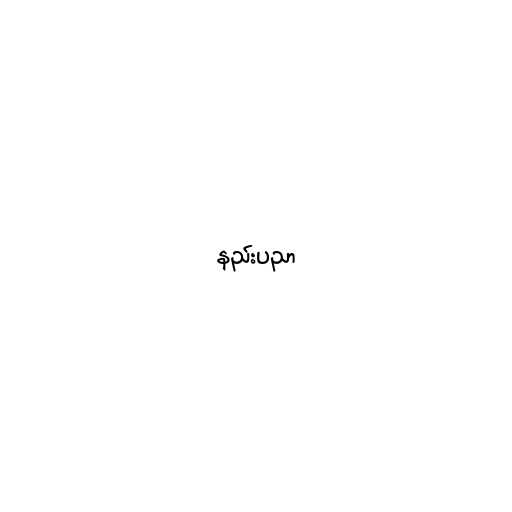
နည်းပညာ